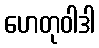
ဟေတုဝါဒါ